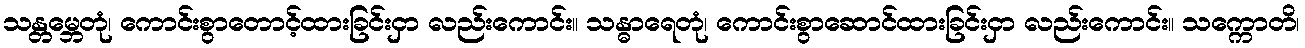
သန္တမ္ဘေတုံ၊ ကောင်းစွာတောင့်ထားခြင်းငှာ လည်းကောင်း။ သန္ဓာရေတုံ၊ ကောင်းစွာဆောင်ထားခြင်းငှာ လည်းကောင်း။ သက္ကောတိ၊